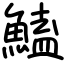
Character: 鰪